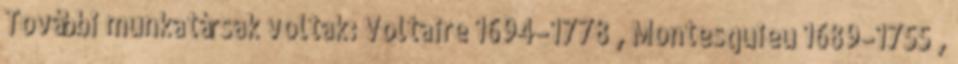
További munkatársak voltak: Voltaire 1694–1778 , Montesquieu 1689–1755 ,